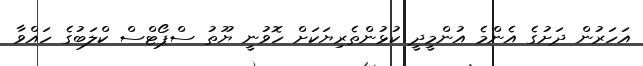
އަހަރުން ދަށުގެ އެންމެ އުންމީދީ ކުޅުންތެރިޔަކަށް ހޮވުނީ ޔޫތު ސްޕޯޓްސް ކްލަބުގެ ހައްވާ